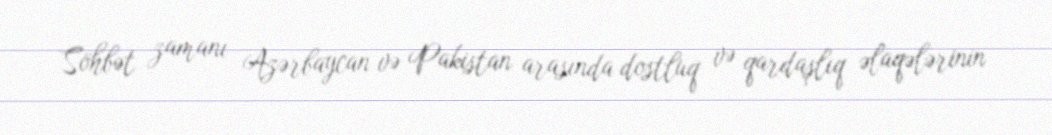
Söhbət zamanı Azərbaycan və Pakistan arasında dostluq və qardaşlıq əlaqələrinin